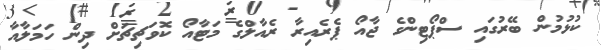
ކުޅުމުން ބޭރުގައި ސްޕޯޓިންގެ ޖާއޯ ޕެރެއިރާ ރެއާލްގެ މަޓާއޯ ކޮވަޗިޗަށް ދިން ހަމަލާއާ